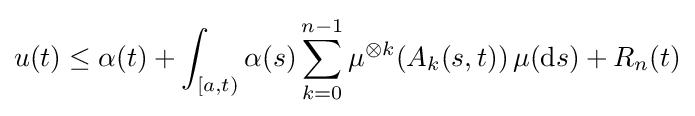
u(t)\leq \alpha (t)+\int _{[a,t)}\alpha (s)\sum _{k=0}^{n-1}\mu ^{\otimes k}(A_{k}(s,t))\,\mu (\mathrm {d} s)+R_{n}(t)